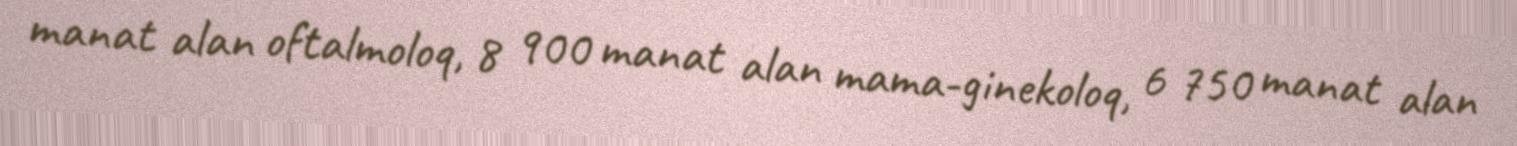
manat alan oftalmoloq, 8 900 manat alan mama-ginekoloq, 6 750 manat alan